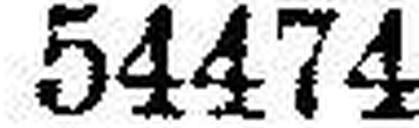
54474